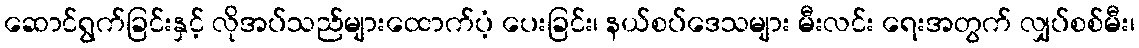
ဆောင်ရွက်ခြင်းနှင့် လိုအပ်သည်များထောက်ပံ့ ပေးခြင်း၊ နယ်စပ်ဒေသများ မီးလင်း ရေးအတွက် လျှပ်စစ်မီး၊